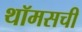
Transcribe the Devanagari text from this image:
थॉमसची